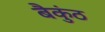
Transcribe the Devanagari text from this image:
बैकुंठ